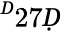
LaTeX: ^Ḋ27Ḍ